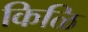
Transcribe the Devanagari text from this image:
किळि